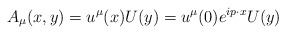
\begin{align*}A_{\mu}(x,y)=u^{\mu}(x)U(y)=u^{\mu}(0)e^{ip\cdot x}U(y)\end{align*}